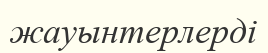
жауынтерлерді